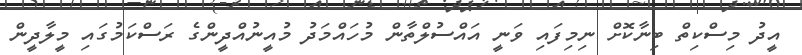
އީދު މިސްކިތް ބިނާކޮށް ނިމިފައި ވަނީ އައްސުލްތާން މުހައްމަދު މުއީނުއްދީންގެ ރަސްކަމުގައި މީލާދީން